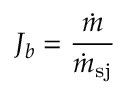
J _ { b } = \frac { \dot { m } } { \dot { m } _ { \mathrm { s j } } }